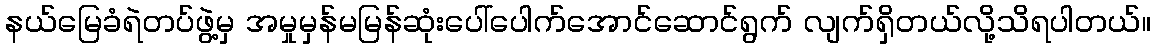
နယ်မြေခံရဲတပ်ဖွဲ့မှ အမှုမှန်မမြန်ဆုံးပေါ်ပေါက်အောင်ဆောင်ရွက် လျက်ရှိတယ်လို့သိရပါတယ်။